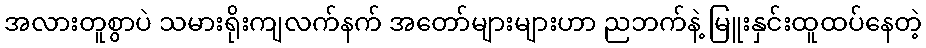
အလားတူစွာပဲ သမားရိုးကျလက်နက် အတော်များများဟာ ညဘက်နဲ့ မြူးနှင်းထူထပ်နေတဲ့